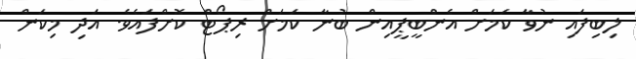
ލިބިފައި ނުވާ ކަމަށް އެންބީޕީއިން ބުނާ ކަމަށް ރިޕޯޓް ކޮށްފައެވެ. އަދި މިކަން